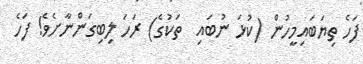
ފަހެ ތިޔަބައިމީހުން (ކުޅަ ނުބައި  ތަކުގެ) ރަހަ ލިބިގަންނާށެވެ! ފަހެ